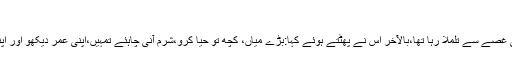
جاری ہے
بوڑھے کی ان حرکات سے جہاں لڑکی بے چین, پہلو پر پہلو بدل رہی تھی وہیں لڑکا بھی غصے سے تلملا رہا تھا،بالآخر اس نے پھٹتے ہوئے کہا:بڑے میاں، کچھ تو حیا کرو،شرم آنی چاہئے تمہیں،اپنی عمر دیکھو اور اپنی حرکتیں دیکھو، اپنا منہ دوسری طرف کرو اور میری بیوی کو سکون سے بیٹھنے دو۔